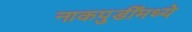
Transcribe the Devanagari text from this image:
नाकपुडींमध्ये